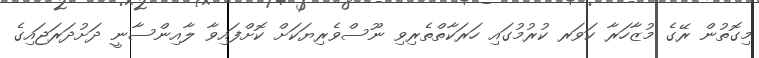
މިގޮތުން ރޭގެ މުޒާހަރާ ކަވަރ ކުރުމުގައި ހަރަކާތްތެރިވި ނޫސްވެރިޔަކަށް ކޮށްފައިވާ ލާއިންސާނީ ދަށުދަރަޖައިގެ